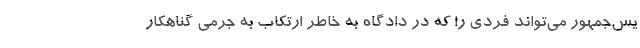
یس‌جمهور می‌تواند فردی را که در دادگاه به خاطر ارتکاب به جرمی گناهکار